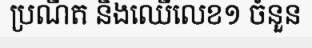
ប្រណីត និងឈើលេខ១ ចំនួន